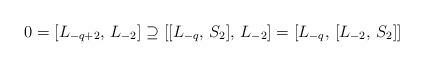
LaTeX: \begin{align*}0 = [L_{-q+2}, \, L_{-2}] \supseteq [[L_{-q}, \, S_2], \, L_{-2}] = [L_{-q}, \, [L_{-2}, \, S_2]]\end{align*}